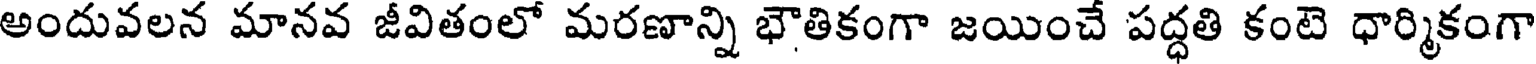
అందువలన మానవ జీవితంలో మరణాన్ని భౌతికంగా జయించే పద్ధతి కంటె ధార్మికంగా